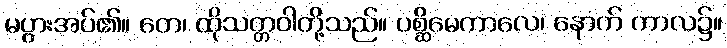
မပွားအပ်၏။ တေ၊ ထိုသတ္တဝါတို့သည်။ ပစ္ဆိမေကာလေ၊ နောက် ကာလ၌။